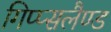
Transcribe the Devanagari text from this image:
गिप्प्सलैण्ड